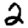
Digit: 2